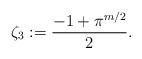
LaTeX: \begin{align*} \zeta_3 := \frac{-1+\pi^{m/2}}{2}.\end{align*}